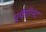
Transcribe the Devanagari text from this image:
यूकैरिस्ट